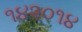
૧૪૨૦૧૪